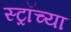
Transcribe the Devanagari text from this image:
स्ट्रॉच्या